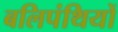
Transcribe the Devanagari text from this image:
बलिपंथियों